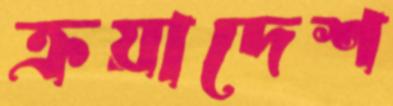
ক্রয়াদেশ